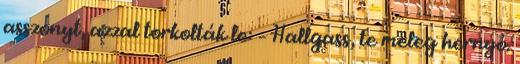
asszonyt, azzal torkolták le: – Hallgass, te meleg hernyó.